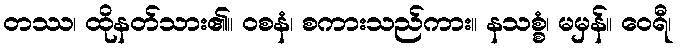
တဿ၊ ထိုနတ်သား၏။ ဝစနံ၊ စကားသည်ကား။ နသစ္စံ၊ မမှန်။ ဝေရီ၊